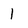
Character: 1